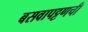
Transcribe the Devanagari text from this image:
बसवापट्टणची